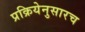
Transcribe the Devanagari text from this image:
प्रक्रियेनुसारच